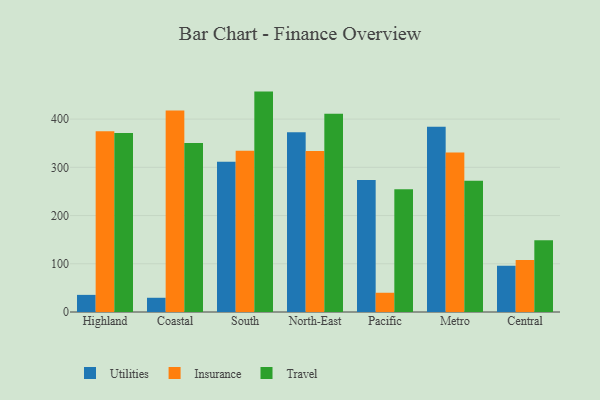
{"axis": {"x": "Region", "y": "Headcount"}, "legend": ["Insurance", "Travel", "Utilities"], "data": [{"x": "Highland", "y": 35.5, "type": "Utilities"}, {"x": "Highland", "y": 375.0, "type": "Insurance"}, {"x": "Highland", "y": 370.9, "type": "Travel"}, {"x": "Coastal", "y": 29.5, "type": "Utilities"}, {"x": "Coastal", "y": 417.8, "type": "Insurance"}, {"x": "Coastal", "y": 350.4, "type": "Travel"}, {"x": "South", "y": 311.5, "type": "Utilities"}, {"x": "South", "y": 334.4, "type": "Insurance"}, {"x": "South", "y": 457.0, "type": "Travel"}, {"x": "North-East", "y": 372.9, "type": "Utilities"}, {"x": "North-East", "y": 333.8, "type": "Insurance"}, {"x": "North-East", "y": 411.2, "type": "Travel"}, {"x": "Pacific", "y": 273.6, "type": "Utilities"}, {"x": "Pacific", "y": 39.9, "type": "Insurance"}, {"x": "Pacific", "y": 254.7, "type": "Travel"}, {"x": "Metro", "y": 384.3, "type": "Utilities"}, {"x": "Metro", "y": 330.6, "type": "Insurance"}, {"x": "Metro", "y": 272.0, "type": "Travel"}, {"x": "Central", "y": 95.9, "type": "Utilities"}, {"x": "Central", "y": 107.8, "type": "Insurance"}, {"x": "Central", "y": 148.6, "type": "Travel"}]}